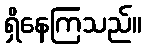
ရှိနေကြသည်။